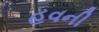
હવની